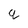
Character: g